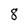
Character: 8